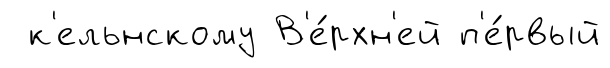
к'ельнскому В'е́рхн'ей п'е́рвый